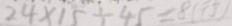
2 4 \times 1 5 \div 4 5 = 8